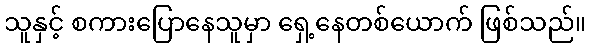
သူနှင့် စကားပြောနေသူမှာ ရှေ့နေတစ်ယောက် ဖြစ်သည်။